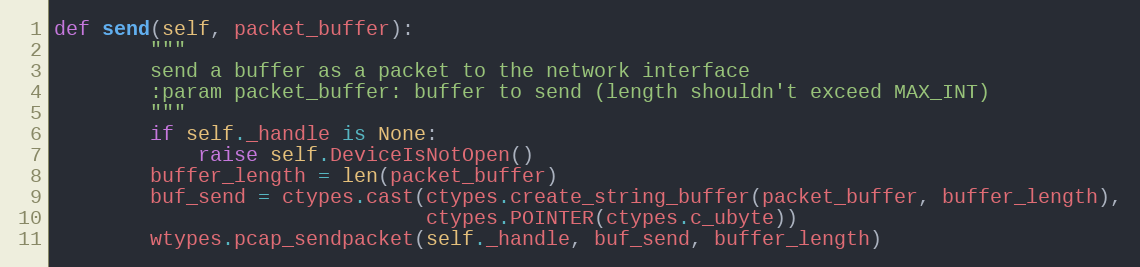
Language: Python
def send(self, packet_buffer):
        """
        send a buffer as a packet to the network interface
        :param packet_buffer: buffer to send (length shouldn't exceed MAX_INT)
        """
        if self._handle is None:
            raise self.DeviceIsNotOpen()
        buffer_length = len(packet_buffer)
        buf_send = ctypes.cast(ctypes.create_string_buffer(packet_buffer, buffer_length),
                               ctypes.POINTER(ctypes.c_ubyte))
        wtypes.pcap_sendpacket(self._handle, buf_send, buffer_length)